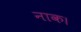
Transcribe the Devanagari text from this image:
नाक।